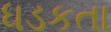
ધડકતા